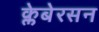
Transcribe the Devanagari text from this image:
क्लेबेरसन